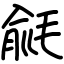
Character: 毹